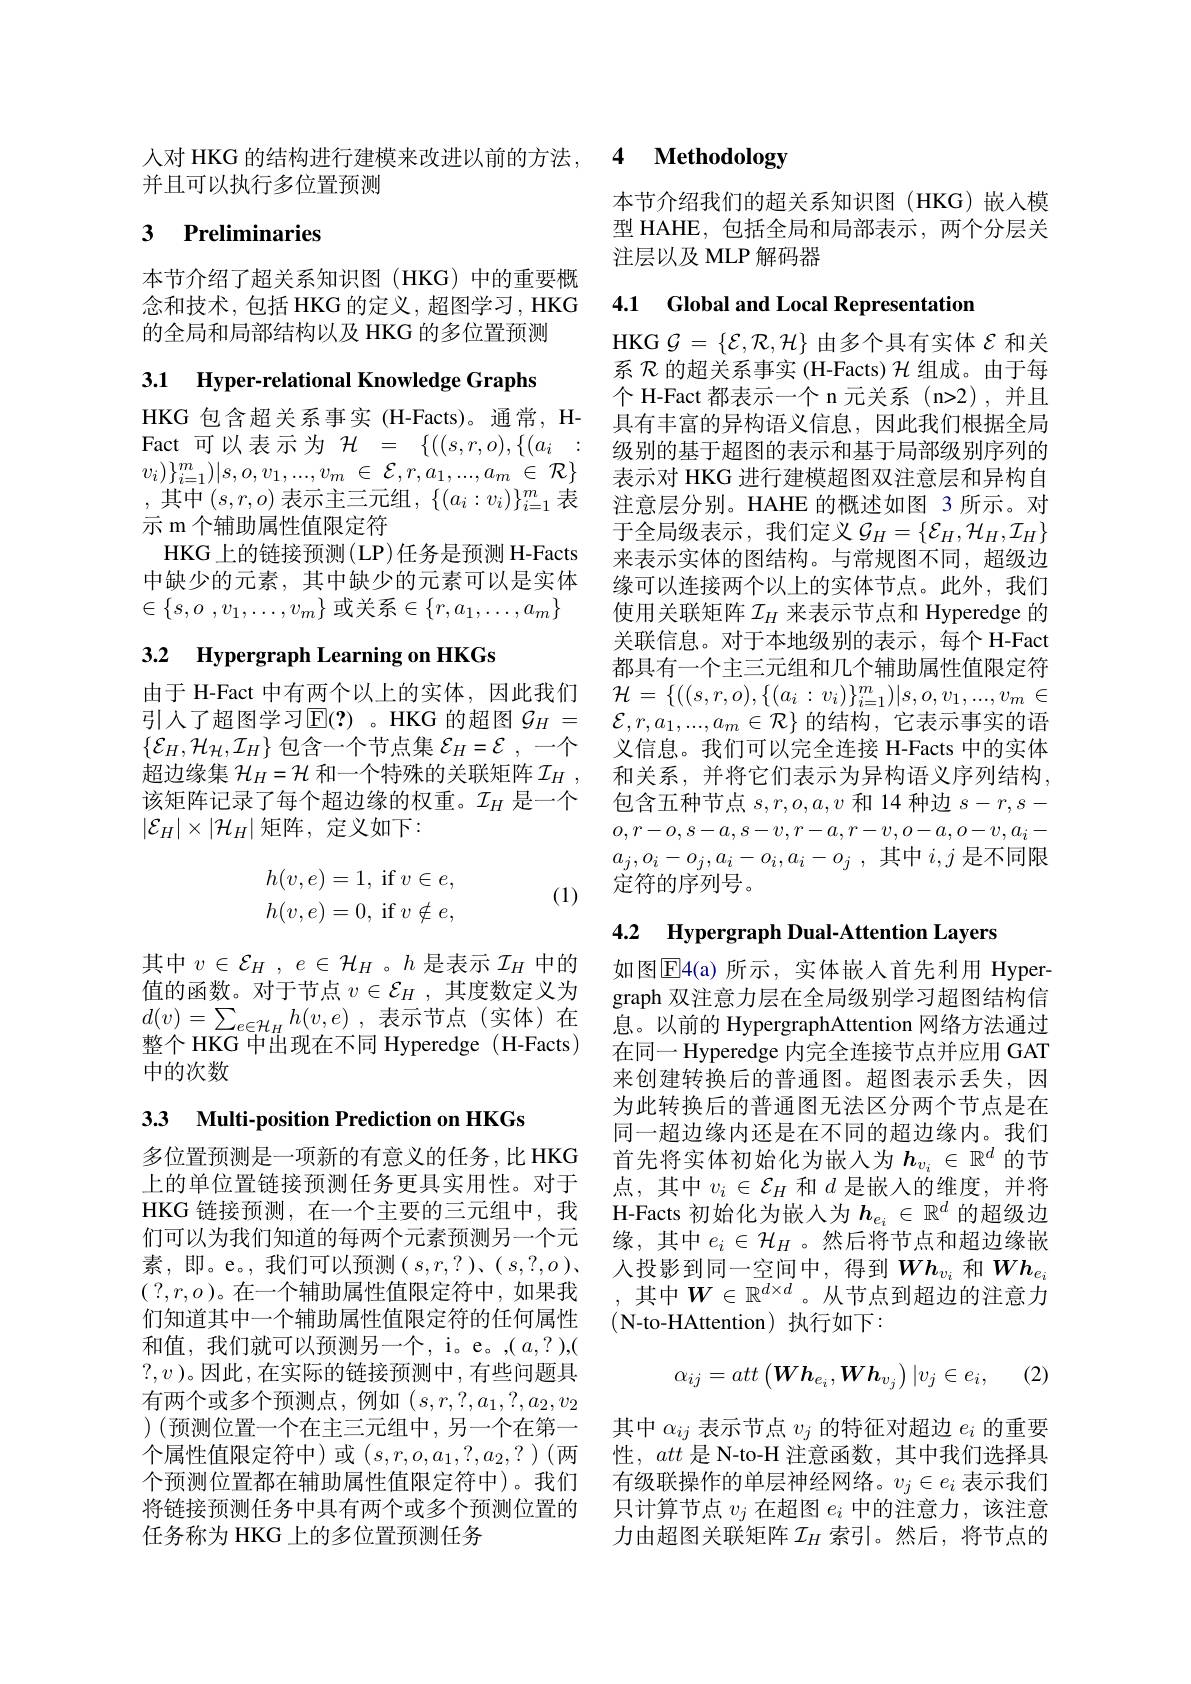
并且可以执行多位置预测

# 3 Preliminaries

本节介绍了超关系知识图(HKG)中的重要概念和技术，包括 HKG 的定义，超图学习 , HKG 的全局和局部结构以及 HKG 的多位置预测

3.1 Hyper-relational Knowledge Graphs

HKG 包含超关系事实 (H-Facts)。通常，H- 具有丰富的异构语义信息，因此我们根据全局Fact 可以表示为$\mathcal{H} = \{ ( ( s, r, o) , \{ ( a_i$ : 级 别 的 基 于 超 图 的 表 示 和 基 于 局 部 级 别 序 列 的 $) \}$ $v_{i}) \} _{i= 1}^{m}) | s, o, v_{1}, . . . , v_{m}$ $\in$ $\mathcal{E} , r, a_{1}, . . . , a_{m}$ $\in$ $\mathcal{R} \}$ ,其中$(s,r,o)$表示主三元组$,\{(a_i:v_i)\}_i=1^m$表示 m 个辅助属性值限定符
HKG 上的链接预测(LP)任务是预测 H-Facts 中缺少的元素，其中缺少的元素可以是实体$\in \{ s, o$ $, v_1, \ldots , v_m\}$ 或关系$\in\{r,a_1,\ldots,a_m\}$

# 3.2 Hypergraph Learning on HKGs

该矩阵记录了每个超边缘的权重。$\mathcal{I}_H$是一个
$|\mathcal{E}_H|\times|\mathcal{H}_H|$ 矩阵，定义如下：
$$\begin{aligned}h(v,e)&=1,\text{if}v\in e,\\h(v,e)&=0,\text{if}v\notin e,\end{aligned}$$
(1)

其中$v\in \mathcal{E} _H$ , $e\in \mathcal{H} _H$。$h$ 是表示 $\mathcal{I}_H$ 中的 如图$\overline{\mathrm{E}}$4(a)所示，实体嵌人首先利用 Hyper-
值的函数。对于节点$v\in\mathcal{E}_H$,其度数定义为$d( v) = \sum _{e\in \mathcal{H} _{H}}h( v, e)$ ,表示节点(实体)在整个 HKG 中出现在不同 Hyperedge ( H-Facts) 中的次数

3.3 Multi-position Prediction on HKGs

和值，我们就可以预测另一个，i。e。,(a,?),( $?,v$ )。因此 , 在实际的链接预测中 , 有些问题具有两个或多个预测点，例如$(s,r,?,a_1,?,a_2,v_2$ )(预测位置一个在主三元组中，另一个在第一 其中$\alpha_ij$表示节点$v_j$的特征对超边$e_i$的重要个属性值限定符中)或 $(s,r,o,a_1,?,a_2,?)($两 性，att 是 N-to-H 注意函数，其中我们选择具个预测位置都在辅助属性值限定符中)。我们 有级联操作的单层神经网络。$v_j\in e_i$表示我们将链接预测任务中具有两个或多个预测位置的
任务称为 HKG 上的多位置预测任务

人对 HKG 的结构进行建模来改进以前的方法，4 Methodology

本节介绍我们的超关系知识图(HKG)嵌入模型 HAHE,包括全局和局部表示，两个分层关注层以及 MLP 解码器

## 4.1 Global and Local Representation

HKG $\mathcal{G}=\{\mathcal{E},\mathcal{R},\mathcal{H}\}$由多个具有实体$\mathcal{E}$和关系$\mathcal{R}$的超关系事实 (H-Facts) $\mathcal{H}$组成。由于每个 H-Fact 都表示一个 n 元关系 (n>2),并且表示对 HKG 进行建模超图双注意层和异构自注意层分别。HAHE 的概述如图 3 所示。对于全局级表示，我们定义$\mathcal{G}_H=\{\mathcal{E}_H,\mathcal{H}_H,\mathcal{I}_H\}$ 来表示实体的图结构。与常规图不同，超级边缘可以连接两个以上的实体节点。此外，我们使用关联矩阵$\mathcal{I}_H$来表示节点和 Hyperedge 的关联信息。对于本地级别的表示，每个 H-Fact 都具有一个主三元组和几个辅助属性值限定符
由于 H-Fact 中有两个以上的实体，因此我们 $\mathcal{H} = \{ ( ( s, r, o) , \{ ( a_i: v_i) \} _{i= 1}^m) | s, o, v_1, . . . , v_m\in$ 引人了超图学习$\mathbb{E}(?)$ 。HKG 的超图 $\mathcal{G} _H=$ $\mathcal{E} , r, a_1, . . . , a_m\in \mathcal{R} \}$ 的结构，它表示事实的语$\left\{\mathcal{E}_{H},\mathcal{H}_{\mathcal{H}},\mathcal{I}_{H}\right\}$包含一个节点集$\mathcal{E} _H= \mathcal{E}$ ,一个 义信息。我们可以完全连接 H-Facts 中的实体超边缘集 $\mathcal{H}_H=\mathcal{H}$ 和一个特殊的关联矩阵$\mathcal{I} _H$, 和关系，并将它们表示为异构语义序列结构，
包含五种节点$s,r,o,a,v$和 14 种边$s-r,s-$ $o,r-o,s-a,s-v,r-a,r-v,o-a,o-v,a_i-$ $a_j, o_i- o_j, a_i- o_i, a_i- o_j$ ,其中$i,j$是不同限定符的序列号。

## 4.2 Hypergraph Dual-Attention Layers

graph 双注意力层在全局级别学习超图结构信息。以前的 HypergraphAttention 网络方法通过在同一 Hyperedge 内完全连接节点并应用 GAT 来创建转换后的普通图。超图表示丢失，因为此转换后的普通图无法区分两个节点是在同一超边缘内还是在不同的超边缘内。我们
多位置预测是一项新的有意义的任务，比 HKG 首先将实体初始化为嵌人为$h_{v_i}\in\mathbb{R}^d$的节上的单位置链接预测任务更具实用性。对于 点，其中$v_i\in\mathcal{E}_H$和$d$是嵌人的维度，并将HKG 链接预测，在一个主要的三元组中，我 H-Facts 初始化为嵌人为$h_{e_i}\in\mathbb{R}^d$的超级边们可以为我们知道的每两个元素预测另一个元 缘，其中$e_i\in\mathcal{H}_H$。然后将节点和超边缘嵌素，即。e。,我们可以预测$(s,r,?)、(s,?,o)$、人投影到同一空间中，得到$Wh_v_i$ 和$Wh_{e_i}$ $(?,r,o)$。在一个辅助属性值限定符中，如果我 ,其中$W\in\mathbb{R}^d\times d$。从节点到超边的注意力们知道其中一个辅助属性值限定符的任何属性 (N-to-HAttention)执行如下：
$$\alpha_{ij}=att\begin{pmatrix}\boldsymbol{Wh}_{e_i},\boldsymbol{Wh}_{v_j}\end{pmatrix}|v_j\in e_i,$$
(2)

只计算节点$v_j$在超图$e_i$中的注意力，该注意力由超图关联矩阵$\mathcal{I}_H$ 索引。然后，将节点的